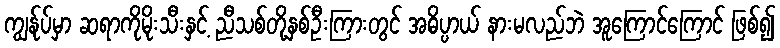
ကျွန်ုပ်မှာ ဆရာကိုမိုးသီးနှင့် ညီသစ်တို့နှစ်ဦးကြားတွင် အဓိပ္ပာယ် နားမလည်ဘဲ အူကြောင်ကြောင် ဖြစ်၍